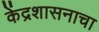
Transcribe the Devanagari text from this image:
केंद्रशासनाचा